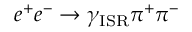
e ^ { + } e ^ { - } \to \gamma _ { \mathrm { I S R } } \pi ^ { + } \pi ^ { - }